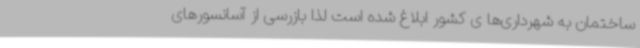
ساختمان به شهرداری‌ها ی کشور ابلاغ شده است لذا بازرسی از آسانسورهای